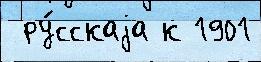
 ру́сскаjа к 1901